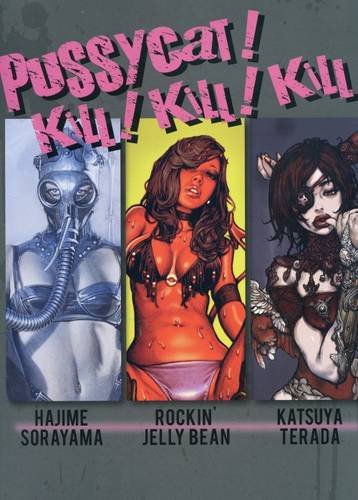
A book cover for Pussy Cat! Kill! Kill! Kill! (Pan exotica) [Japanese Edition 2014]; Katsuya Terada; Arts & Photography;